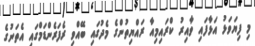
މި ފިޔަވަޅު އަޅާފައި ވާއިރު ކްރައިމިއާ ރައްޔިތުންގެ މެދުގައި ބޭއްވި ރެފަރެންޑަމްގައި އެތަނުގެ